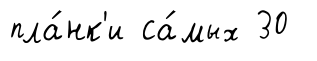
пла́нк'и са́мых 30